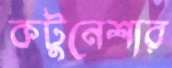
কটুনেশার